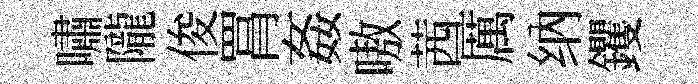
嘯隴俊罥姦嗷茜厲纳钁